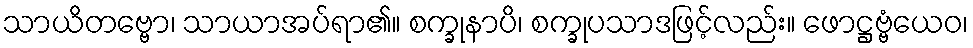
သာယိတဗ္ဗော၊ သာယာအပ်ရာ၏။ စက္ခုနာပိ၊ စက္ခုပသာဒဖြင့်လည်း။ ဖောဋ္ဌဗ္ဗံယေဝ၊